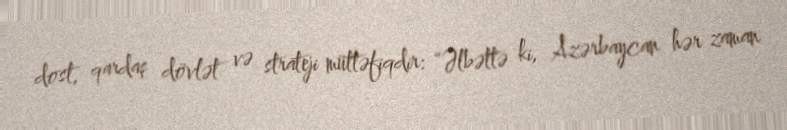
dost, qardaş dövlət və strateji müttəfiqdir: “Əlbəttə ki, Azərbaycan hər zaman